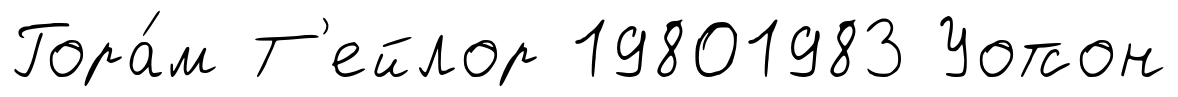
Гора́м Т'ейлор 19801983 Уотсон